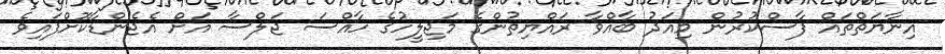
އިނާޔަތްތައް ފާސްކުރުން މިއަދު ބާއްވާ ރައްޔިތުންގެ މަޖިލީހުގެ ހާއްސަ ޖަލްސާ އަށް އެޖެންޑާކޮށްފައިވެ